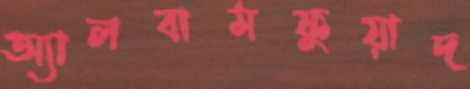
অ্যালবামফুয়াদ